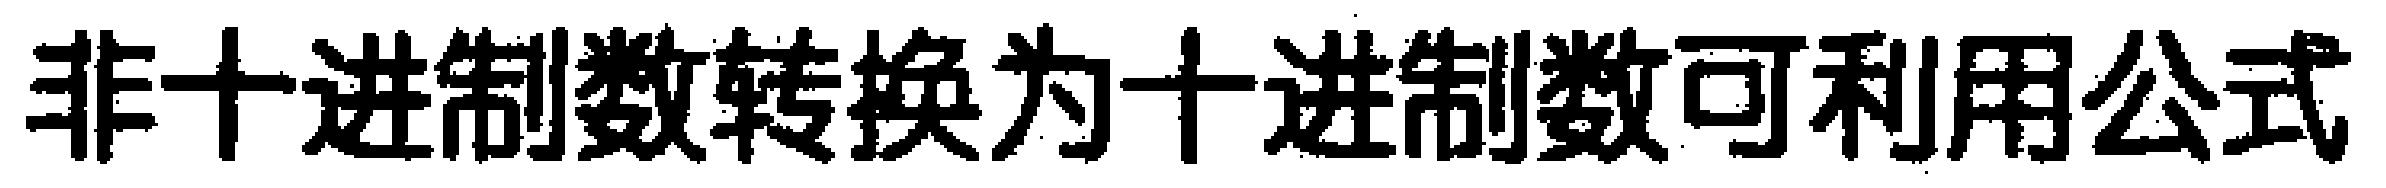
非十进制数转换为十进制数可利用公式